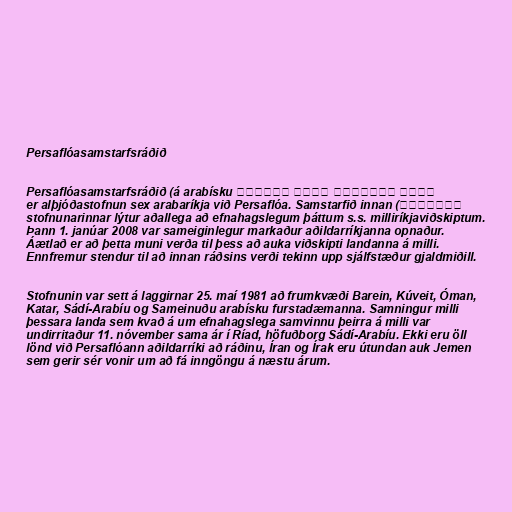
Persaflóasamstarfsráðið

Persaflóasamstarfsráðið (á arabísku مجلس التعاون لدول الخليج
الفارسی) er alþjóðastofnun sex arabaríkja við Persaflóa. Samstarfið innan
stofnunarinnar lýtur aðallega að efnahagslegum þáttum s.s. milliríkjaviðskiptum.
Þann 1. janúar 2008 var sameiginlegur markaður aðildarríkjanna opnaður.
Áætlað er að þetta muni verða til þess að auka viðskipti landanna á milli.
Ennfremur stendur til að innan ráðsins verði tekinn upp sjálfstæður gjaldmiðill.

Stofnunin var sett á laggirnar 25. maí 1981 að frumkvæði Barein, Kúveit, Óman,
Katar, Sádí-Arabíu og Sameinuðu arabísku furstadæmanna. Samningur milli
þessara landa sem kvað á um efnahagslega samvinnu þeirra á milli var
undirritaður 11. nóvember sama ár í Ríad, höfuðborg Sádí-Arabíu. Ekki eru öll
lönd við Persaflóann aðildarríki að ráðinu, Íran og Írak eru útundan auk Jemen
sem gerir sér vonir um að fá inngöngu á næstu árum.